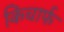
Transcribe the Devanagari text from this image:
किचार्फ